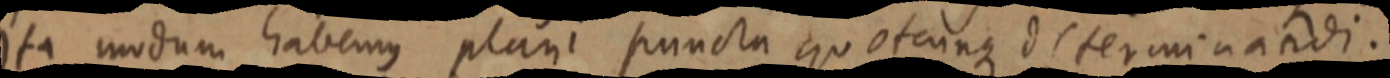
ita modum habemus plani puncta quotcunque determinandi.